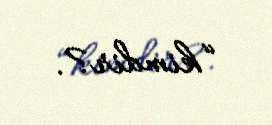
“kimdir?.